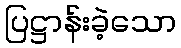
ပြဋ္ဌာန်းခဲ့သော